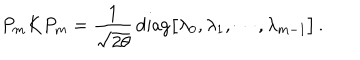
LaTeX: P _ { m } K P _ { m } = { \frac { 1 } { \sqrt { 2 \theta } } } \, \mathrm { d i a g } \bigl [ \lambda _ { 0 } , \lambda _ { 1 } , \cdots , \lambda _ { m - 1 } \bigr ] \, .